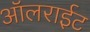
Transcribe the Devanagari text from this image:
ऑलराईट